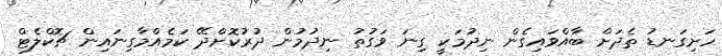
ހަށިގަނޑު ތެދަށް ބާއްވައިގެން ނިދުމަކީ ގިނަ ވަގުތު ނިދުމުން ދުރުކޮށްދޭ ކަމެއްމާގިނައިން ޗޮކްލެޓް